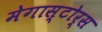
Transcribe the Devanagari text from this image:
मेगास्टोर्स